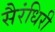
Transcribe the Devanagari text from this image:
सैरंधिरी